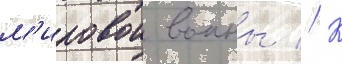
м'ировои воины // К